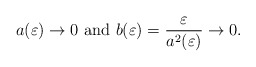
\begin{align*}a(\varepsilon)\rightarrow0\mbox{ and }b(\varepsilon)=\frac{\varepsilon}{a^{2}(\varepsilon)}\rightarrow0. \end{align*}